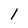
Character: l